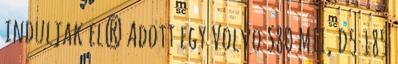
induljak el? Adott egy Volvo S80 MII, D5 185